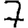
Digit: 7